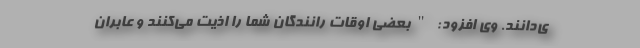
ی‌دانند. وی افزود: "بعضی اوقات رانندگان شما را اذیت می‌کنند و عابران